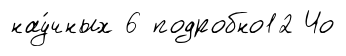
нау́чных 6 подробно12 Чо